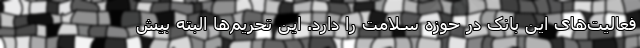
فعالیت‌های این بانک در حوزه سلامت را دارد. این تحریم‌ها البته بیش